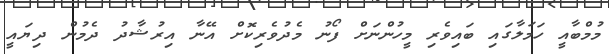
މުމްބާއީ ހަމަލާގައި ބައިވެރި މީހުންނަށް ފޯނު މެދުވެރިކޮށް އޭނާ އިރުޝާދު ދެމުން ދިޔައީ